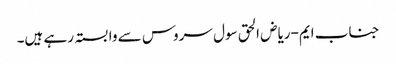
جناب ایم-ریاض الحق سول سروس سے وابستہ رہے ہیں۔